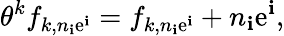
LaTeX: \theta^{k}f_{k,n_{\mathbf{i}}\mathrm{e}^{\mathbf{i}}}=f_{k,n_{\mathbf{i}}\mathrm{e}^{\mathbf{i}}}+n_{\mathbf{i}}\mathrm{e}^{\mathbf{i}},